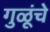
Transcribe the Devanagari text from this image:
गुळूंचे